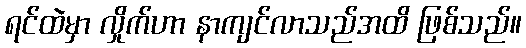
ရင်ထဲမှာ လှိုက်ဟာ နာကျင်လာသည်အထိ ဖြစ်သည်။